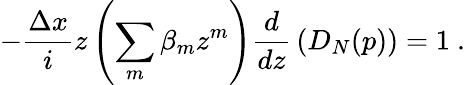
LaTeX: -{\frac{\Delta x}{i}}z\left(\sum_{m}\beta_{m}z^{m}\right){\frac{d}{dz}}\left(D_{N}(p)\right)=1\ .